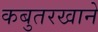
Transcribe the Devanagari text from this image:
कबुतरखाने